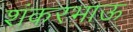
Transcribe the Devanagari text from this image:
शंकरभाऊ